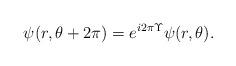
LaTeX: \begin{align*}\psi(r,\theta+2\pi)=e^{i2\pi\Upsilon}\psi(r,\theta).\end{align*}